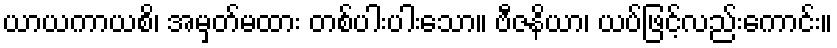
ယာယကာယစိ၊ အမှတ်မထား တစ်ပါးပါးသော။ ဗီဇနိယာ၊ ယပ်ဖြင့်လည်းကောင်း။